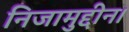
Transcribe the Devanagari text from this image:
निजामुद्दीन।